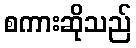
စကားဆိုသည်